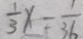
\frac { 1 } { 3 } x = \frac { 1 } { 3 6 }